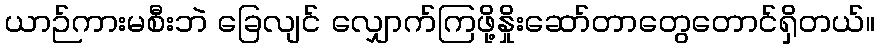
ယာဉ်ကားမစီးဘဲ ခြေလျင် လျှောက်ကြဖို့နှိုးဆော်တာတွေတောင်ရှိတယ်။